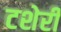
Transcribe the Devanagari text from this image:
टशेरी